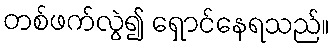
တစ်ဖက်လွဲ၍ ရှောင်နေရသည်။